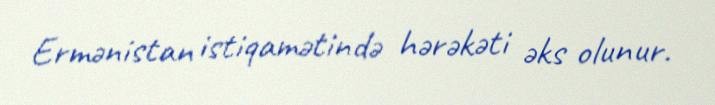
Ermənistan istiqamətində hərəkəti əks olunur.